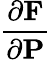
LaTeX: \frac{\partial\mathbf{F}}{\partial\mathbf{P}}